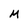
Character: M